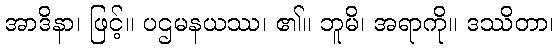
အာဒိနာ၊ ဖြင့်။ ပဌမနယဿ၊ ၏။ ဘူမိ၊ အရာကို။ ဒဿိတာ၊